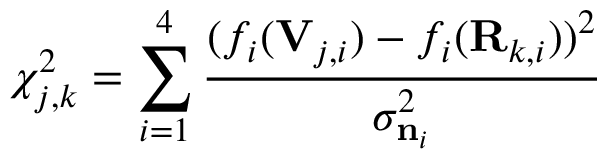
\chi _ { j , k } ^ { 2 } = \sum _ { i = 1 } ^ { 4 } \frac { ( f _ { i } ( \mathbf { V } _ { j , i } ) - f _ { i } ( \mathbf { R } _ { k , i } ) ) ^ { 2 } } { \sigma _ { \mathbf { n } _ { i } } ^ { 2 } }